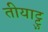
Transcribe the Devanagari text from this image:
तीयाट्टु